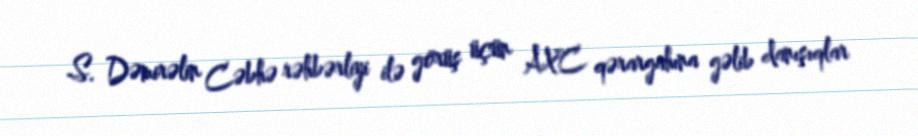
S. Dəmirəlin Cəbhə rəhbərliyi ilə görüş üçün AXC qərargahına gəlib danışıqlar